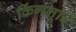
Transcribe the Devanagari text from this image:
किंगलाई